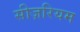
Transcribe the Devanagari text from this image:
सीज़रियम